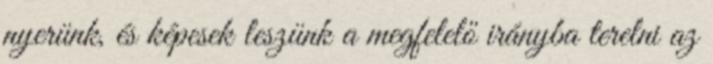
nyerünk, és képesek leszünk a megfelelő irányba terelni az